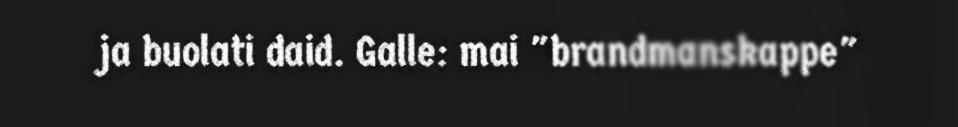
ja buolati daid. Galle: mai "brandmanskappe"